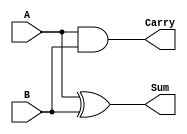
module HalfAdder (
    input wire A,      // First input bit
    input wire B,      // Second input bit
    output wire Sum,   // Sum output
    output wire Carry  // Carry output
);

// Assigning the outputs based on the Half-Adder logic
assign Sum = A ^ B;    // Sum is A XOR B
assign Carry = A & B;  // Carry is A AND B

endmodule